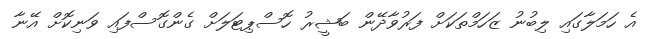
އެ ހަމަލާގައި ލިބުނު ޒަހަމްތަކަށް ފަރުވާދޭން ބަޝީރު ހޮސްޕިޓަލަށް ގެންގޮސްފައި ވަނިކޮށް އޭނާ